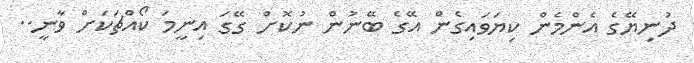
ދުނިޔޭގެ އެންމެން ކިޔަވައިގެން އޭގެ ބޭނުން ނުކޮށް ގޭގަ އިނީމަ ކޯއްޗަަކަށް ވާނީ..